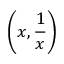
\left( x , { \frac { 1 } { x } } \right)